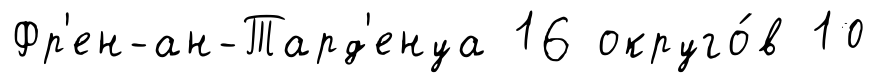
Фр'ен-ан-Тард'енуа 16 округо́в 10